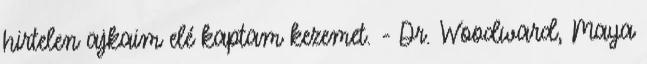
hirtelen ajkaim elé kaptam kezemet. - Dr. Woodward, Maya